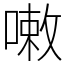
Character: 𠻳